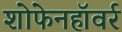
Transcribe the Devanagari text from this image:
शोफेनहॉवर्र